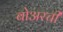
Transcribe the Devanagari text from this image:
बोअरची